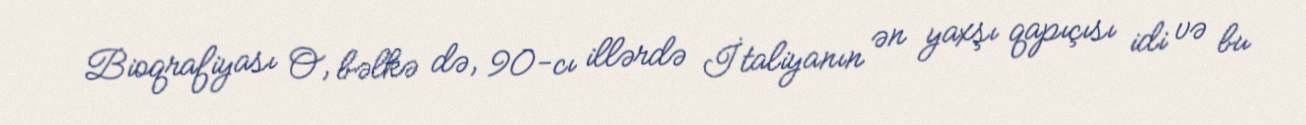
Bioqrafiyası O, bəlkə də, 90-cı illərdə İtaliyanın ən yaxşı qapıçısı idi və bu